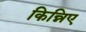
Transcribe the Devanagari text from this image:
किन्निए